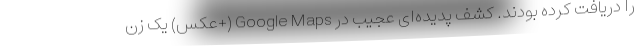
را دریافت کرده بودند. کشف پدیده‌ای عجیب در Google Maps (+عکس) یک زن